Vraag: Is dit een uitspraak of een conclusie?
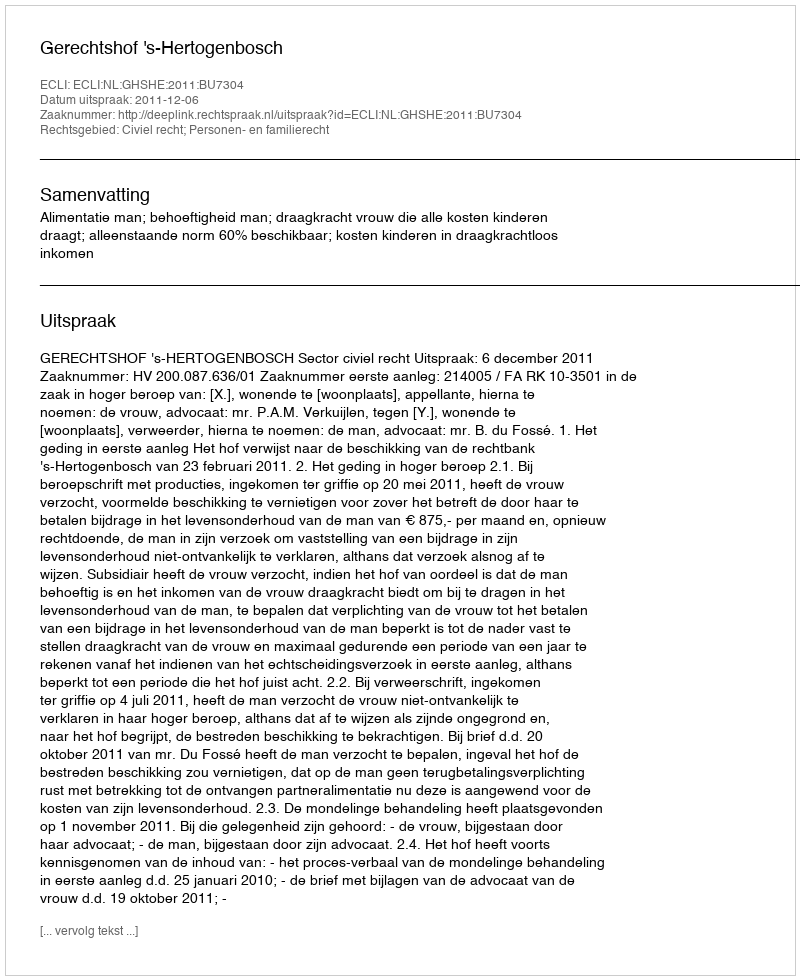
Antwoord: Uitspraak